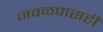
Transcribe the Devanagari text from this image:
जवळपासही